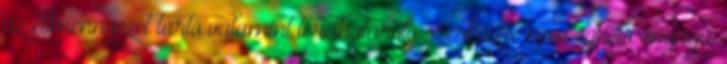
az álmennyezet tartó valamint térelhatároló szerkezete nem éghetõ anyagú,